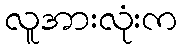
လူအားလုံးက